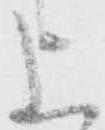
上